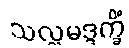
သလ္လမဒ္ဒက္ခိံ